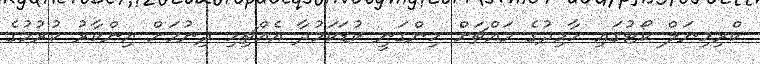
ކްރިމިނަލް ކޯޓުގައި ހާމިދުގެ މައްޗަށް ހިންގަނީ ކުޑަކަމުދާ އެއްޗިހި ދިނުމަށް އިންކާރު ކުރުމުގެ